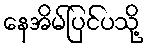
နေအိမ်ပြင်ပသို့